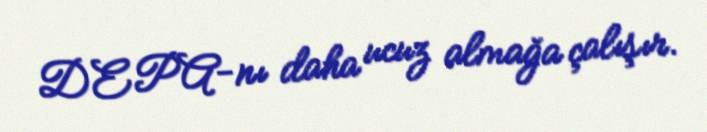
DEPA-nı daha ucuz almağa çalışır.